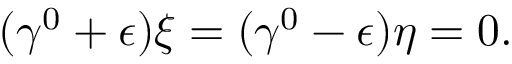
( \gamma ^ { 0 } + \epsilon ) \xi = ( \gamma ^ { 0 } - \epsilon ) \eta = 0 .